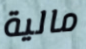
مالية